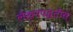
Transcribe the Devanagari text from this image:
लेखनपद्धतीस